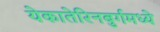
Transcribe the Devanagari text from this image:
येकातेरिनबुर्गमध्ये